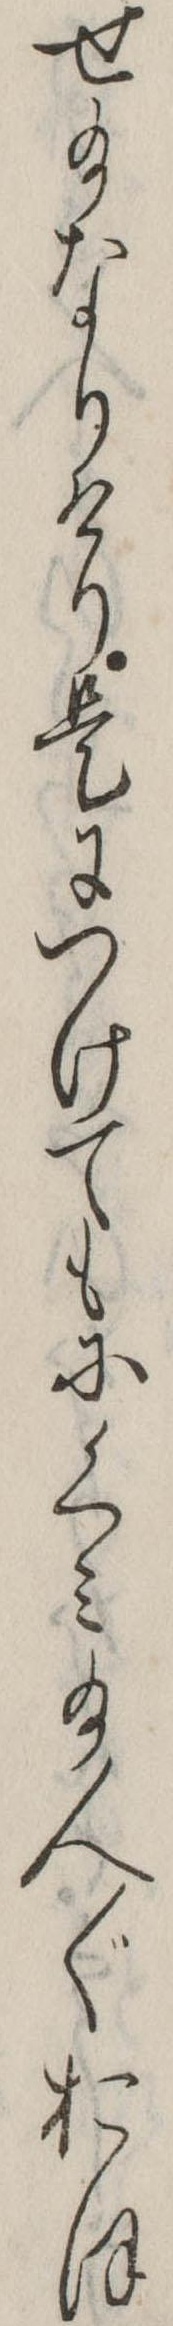
せ給なりけり是につけてもにくみ給人〲おほ